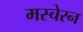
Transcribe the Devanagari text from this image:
मस्चेरन